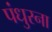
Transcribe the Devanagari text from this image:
पंधुरना